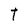
Character: T